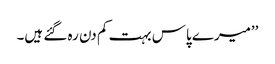
’’میرے پاس بہت کم دن رہ گئے ہیں۔